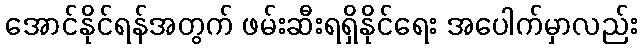
အောင်နိုင်ရန်အတွက် ဖမ်းဆီးရရှိနိုင်ရေး အပေါက်မှာလည်း